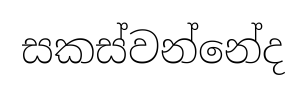
සකස්වන්නේද